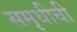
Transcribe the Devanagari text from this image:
समृधीची